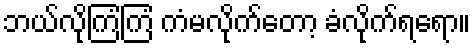
ဘယ်လိုကြံကြံ ကံမလိုက်တော့ ခံလိုက်ရရော။